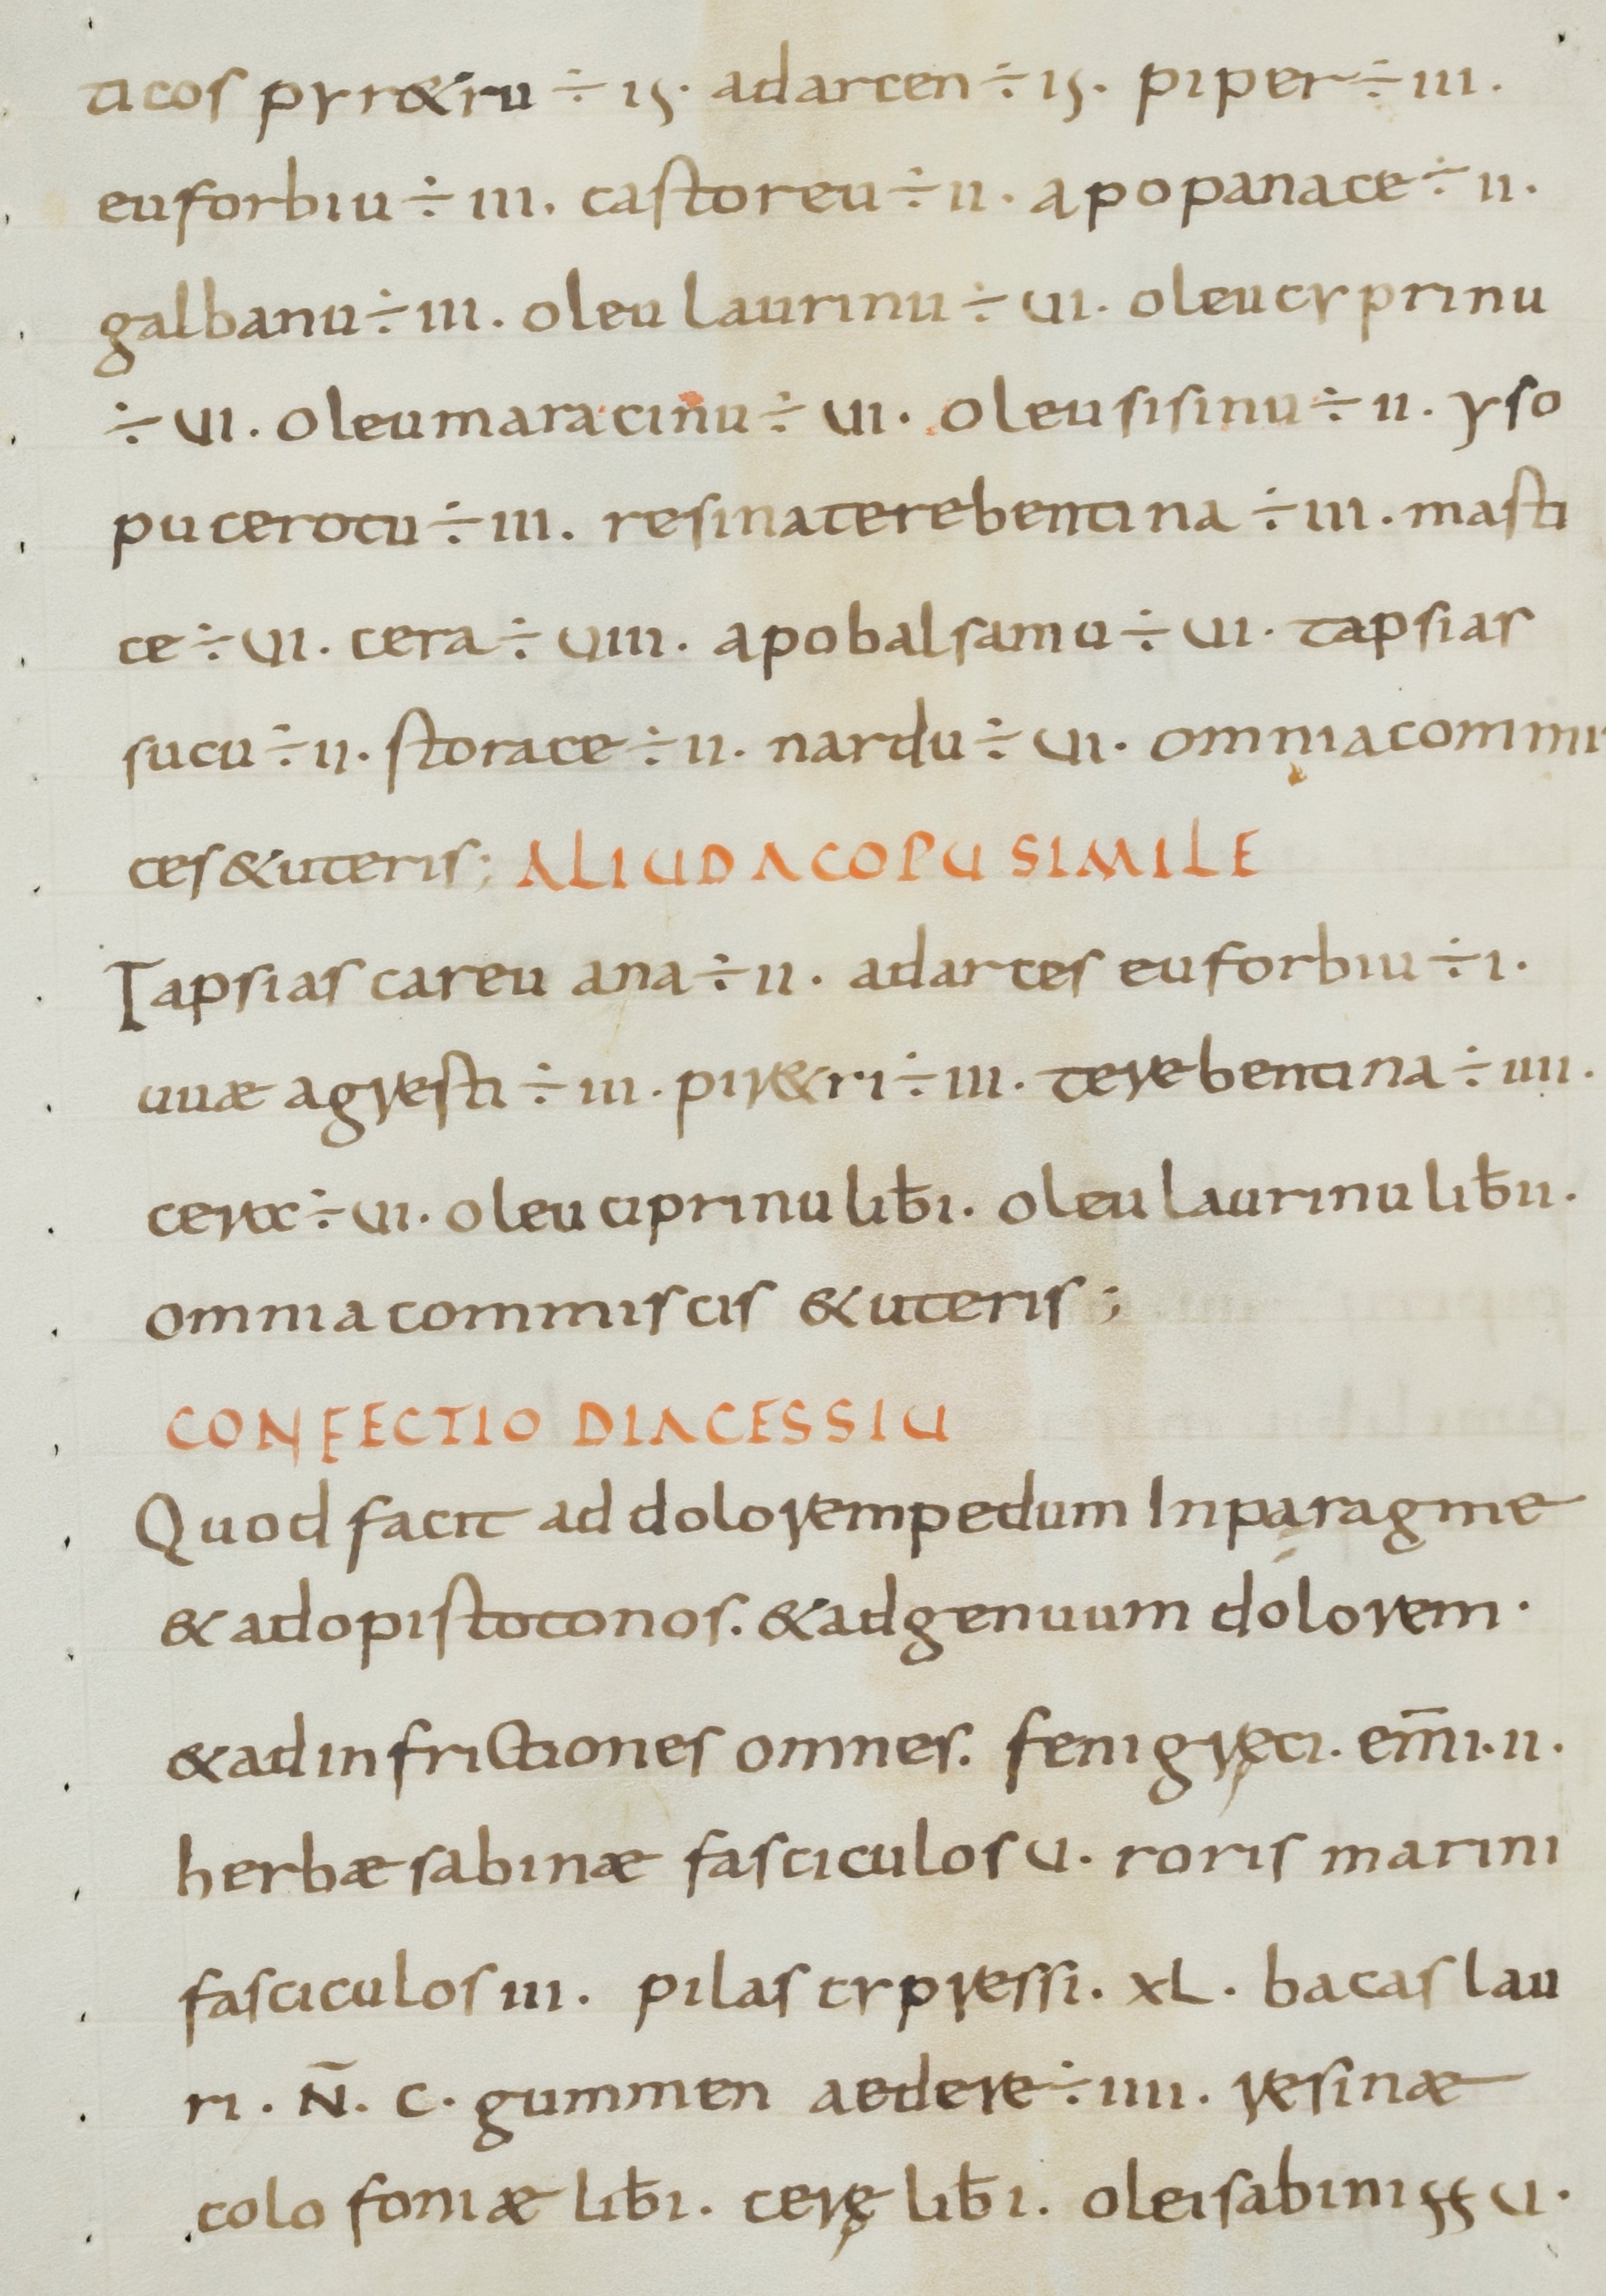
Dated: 800–849